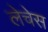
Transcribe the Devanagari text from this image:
लेचेस